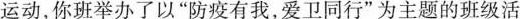
运动，你班举办了以”防疫有我，爱卫同行”为主题的班级活